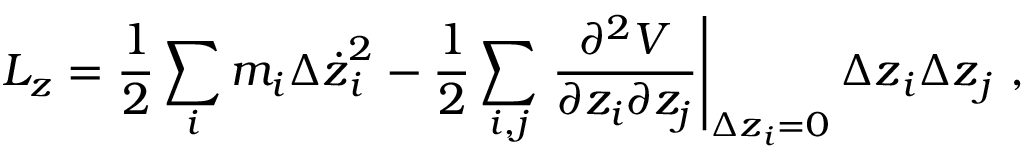
L _ { z } = \frac { 1 } { 2 } \sum _ { i } { m _ { i } { \Delta \dot { z } } _ { i } ^ { 2 } } - \frac { 1 } { 2 } \sum _ { i , j } { \left. \frac { \partial ^ { 2 } V } { \partial z _ { i } \partial z _ { j } } \right| _ { { \Delta z } _ { i } = 0 } { \Delta z } _ { i } { \Delta z } _ { j } } \mathrm { ~ , ~ }